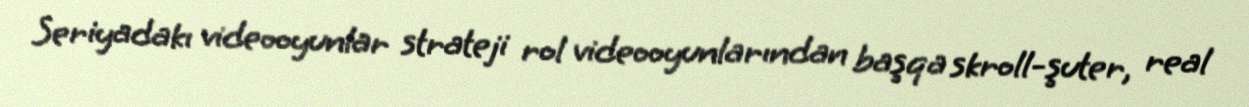
Seriyadakı videooyunlar strateji rol videooyunlarından başqa skroll-şuter, real